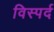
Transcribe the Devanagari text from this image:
विस्पर्द